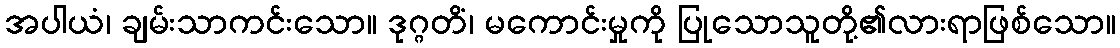
အပါယံ၊ ချမ်းသာကင်းသော။ ဒုဂ္ဂတိံ၊ မကောင်းမှုကို ပြုသောသူတို့၏လားရာဖြစ်သော။